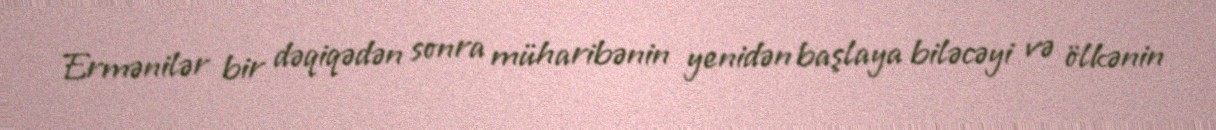
Ermənilər bir dəqiqədən sonra müharibənin yenidən başlaya biləcəyi və ölkənin